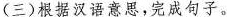
(三)根据汉语意思，完成句子。